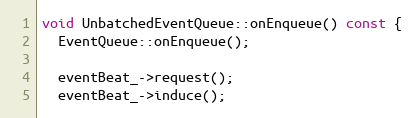
Language: C++
void UnbatchedEventQueue::onEnqueue() const {
  EventQueue::onEnqueue();

  eventBeat_->request();
  eventBeat_->induce();